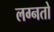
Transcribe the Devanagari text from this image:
लग्नतो